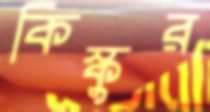
কিস্কুর